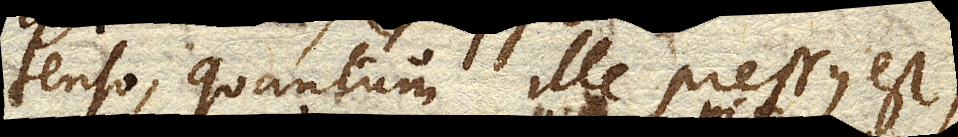
tenso, quantum ille pressus est)